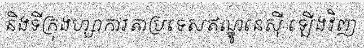
និងទីក្រុងហ្សាការតាប្រទេសឥណ្ឌូនេស៊ី ឡើងវិញ